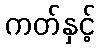
ကတ်နှင့်